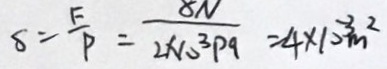
S = \frac { F } { P } = \frac { 8 N } { 2 \times 1 0 ^ { 3 } P 9 } = 4 \times 1 0 ^ { - 3 } m ^ { 2 }